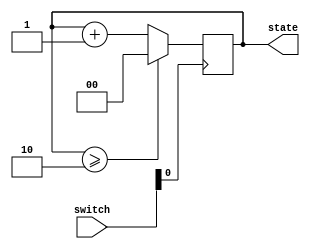
module State_machine(
input  wire [3:0] switch,
output  [1:0] state
);

reg [1:0] STATE = 2'b00;
assign state[1:0] = STATE[1:0];

always @(posedge switch[0])
begin
  if (STATE[1:0] >= 2'b10) begin      
    STATE[1:0] <= 2'b00;
  end   
  else begin 
    STATE[1:0] <= STATE[1:0] + 2'b01;
  end
end
endmodule